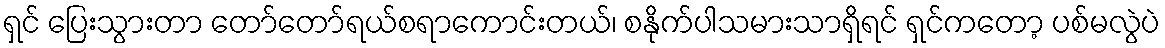
ရှင် ပြေးသွားတာ တော်တော်ရယ်စရာကောင်းတယ်၊ စနိုက်ပါသမားသာရှိရင် ရှင်ကတော့ ပစ်မလွဲပဲ